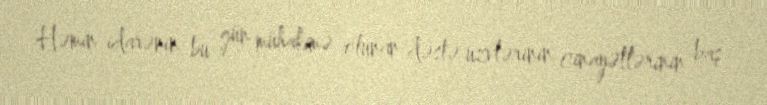
Həmin idarənin bu gün mühakimə olunan dəstə üzvlərinin cinayətlərinin baş